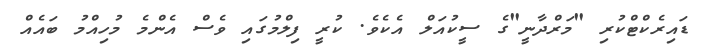
ޑައިރެކްޓްކުރި "މަރްދާނީ"ގެ ސީކުއަލް އެކެވެ. ކުރީ ފިލްމުގައި ވެސް އެންމެ މުހިއްމު ބައެއް